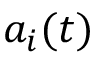
a _ { i } ( t )